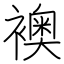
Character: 襖